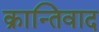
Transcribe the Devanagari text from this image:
क्रान्तिवाद